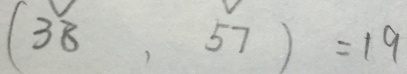
( 3 8 , 5 7 ) = 1 9